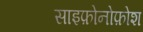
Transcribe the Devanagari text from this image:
साइफ़ोनोफ़ोश